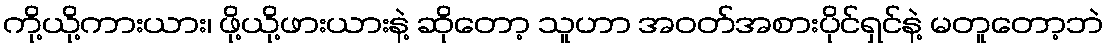
ကို့ယို့ကားယား၊ ဖို့ယို့ဖားယားနဲ့ ဆိုတော့ သူဟာ အဝတ်အစားပိုင်ရှင်နဲ့ မတူတော့ဘဲ